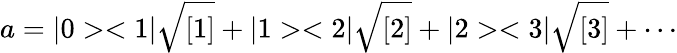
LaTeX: a=|0><1|\sqrt{[1]}+|1><2|\sqrt{[2]}+|2><3|\sqrt{[3]}+\cdots